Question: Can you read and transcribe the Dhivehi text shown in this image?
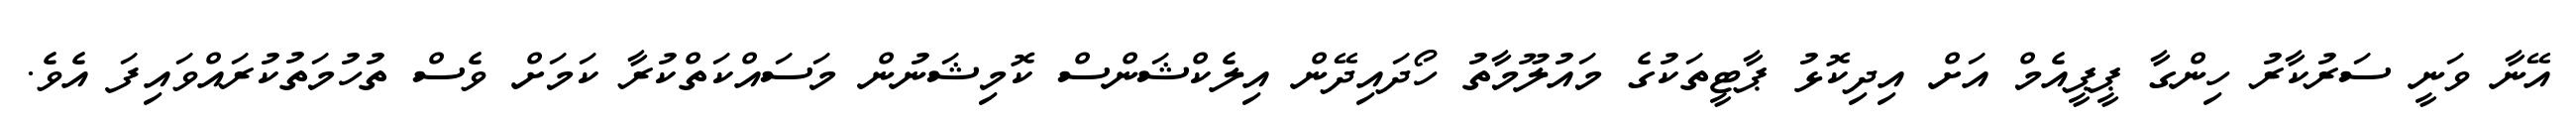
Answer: އޭނާ ވަނީ ސަރުކާރު ހިންގާ ޕީޕީއެމް އަށް އިދިކޮޅު ޕާޓީތަކުގެ މައުލޫމާތު ހޯދައިދޭން އިލެކްޝަންސް ކޮމިޝަނުން މަސައްކަތްކުރާ ކަމަށް ވެސް ތުހުމަތުކުރައްވައިފަ އެވެ.